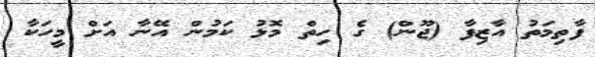
ފާތިމަތު އާޒިފާ (ޖޫން) ގެ ހިތް މޮޅު ކަމުން އޭނާ އަށް މީހަކާ